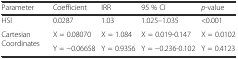
<table><thead><tr><td><b>Parameter</b></td><td><b>Coefficient</b></td><td><b>IRR</b></td><td><b>95 % CI</b></td><td><b><i>p</i>-value</b></td></tr></thead><tbody><tr><td>HSI</td><td>0.0287</td><td>1.03</td><td>1.025–1.035</td><td>&lt;0.001</td></tr><tr><td rowspan="2">Cartesian Coordinates</td><td>X = 0.08070</td><td>X = 1.084</td><td>X = 0.019-0.147</td><td>X = 0.0102</td></tr><tr><td>Y = −0.06658</td><td>Y = 0.9356</td><td>Y = −0.236-0.102</td><td>Y = 0.4123</td></tr></tbody></table>